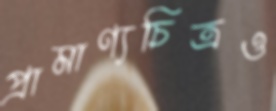
প্রামাণ্যচিত্রও